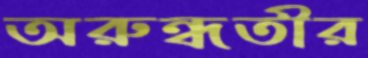
অরুন্ধতীর